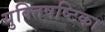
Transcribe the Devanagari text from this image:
युक्तिषष्टिका